Report on sanitation, dispensaries, and jails in Rajputana for 1917, and on vaccination for the year 1917-1918 - 1917-1918
Year: 1917
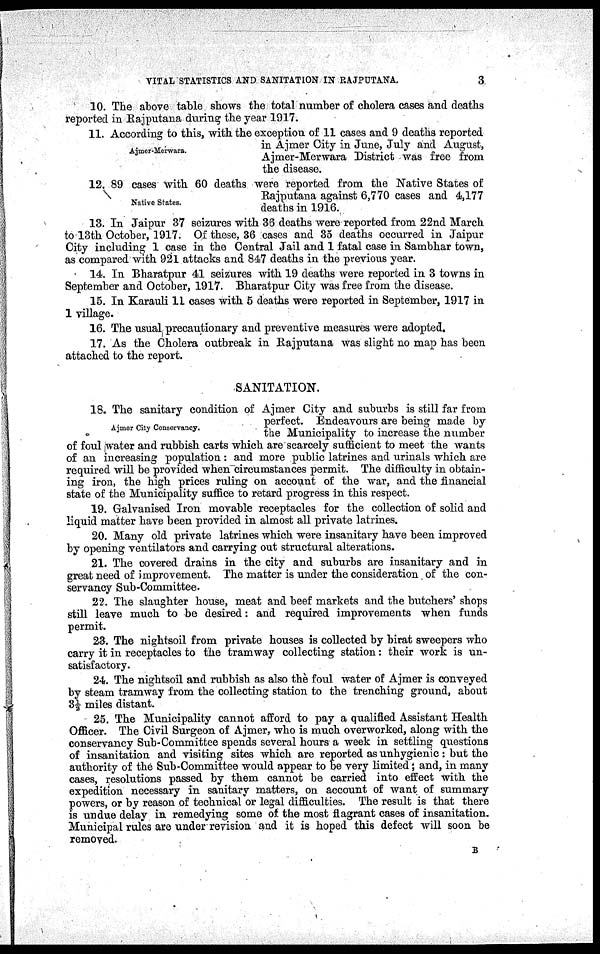
VITAL STATISTICS AND SANITATION IN RAJPUTANA.
3
10. The above table shows the total number of cholera cases and deaths
reported in Rajputana during the year 1917.
Ajmer-Merwara.
11. According to this, with the exception of 11 cases and 9 deaths reported
in Ajmer City in June, July and August,
Ajmer-Merwara District was free from
the disease.
Native States.
12. 89 cases with 60 deaths were reported from the Native States of
Rajputana against 6,770 cases and 4,177
deaths in 1916.
13. In Jaipur 37 seizures with 36 deaths were reported from 22nd March
to 13th October, 1917. Of these, 36 cases and 35 deaths occurred in Jaipur
City including 1 case in the Central Jail and 1 fatal case in Sambhar town,
as compared with 921 attacks and 847 deaths in the previous year.
14. In Bharatpur 41 seizures with 19 deaths were reported in 3 towns in
September and October, 1917. Bharatpur City was free from the disease.
15. In Karauli 11 cases with 5 deaths were reported in September, 1917 in
1 village.
16. The usual precautionary and preventive measures were adopted.
17. As the Cholera outbreak in Rajputana was slight no map has been
attached to the report.
SANITATION.
Ajmer City Conservancy.
18. The sanitary condition of Ajmer City and suburbs is still far from
perfect. Endeavours are being made by
the Municipality to increase the number
of foul water and rubbish carts which are scarcely sufficient to meet the wants
of an increasing population : and more public latrines and urinals which are
required will be provided when circumstances permit. The difficulty in obtain-
ing iron, the high prices ruling on account of the war, and the financial
state of the Municipality suffice to retard progress in this respect.
19. Galvanised Iron movable receptacles for the collection of solid and
liquid matter have been provided in almost all private latrines.
20. Many old private latrines which were insanitary have been improved
by opening ventilators and carrying out structural alterations.
21. The covered drains in the city and suburbs are insanitary and in
great need of improvement. The matter is under the consideration of the con-
servancy Sub-Committee-
22. The slaughter house, meat and beef markets and the butchers' shops
still leave much to be desired: and required improvements when funds
permit.
23. The nightsoil from private houses is collected by birat sweepers who
carry it in receptacles to the tramway collecting station: their work is un-
satisfactory.
24. The nightsoil and rubbish as also the foul water of Ajmer is conveyed
by steam tramway from the collecting station to the trenching ground, about
3½ miles distant.
25. The Municipality cannot afford to pay a qualified Assistant Health
Officer. The Civil Surgeon of Ajmer, who is much overworked, along with the
conservancy Sub-Committee spends several hours a week in settling questions
of insanitation and visiting sites which are reported as unhygienic: but the
authority of the Sub-Committee would appear to be very limited; and, in many
cases, resolutions passed by them cannot be carried into effect with the
expedition necessary in sanitary matters, on account of want of summary
powers, or by reason of technical or legal difficulties. The result is that there
is undue delay in remedying some of the most flagrant cases of insanitation.
Municipal rules are under revision and it is hoped this defect will soon be
removed.
B